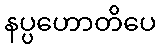
နပ္ပဟောတိပေ